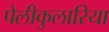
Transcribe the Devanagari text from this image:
पेलीकुलारिया